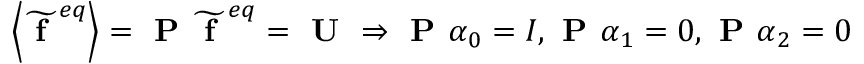
\left\langle \widetilde { \textbf { f } } ^ { e q } \right\rangle = \textbf { P } \widetilde { \textbf { f } } ^ { e q } = \textbf { U } \Rightarrow \textbf { P } \boldsymbol { \alpha } _ { 0 } = I , \textbf { P } \boldsymbol { \alpha } _ { 1 } = 0 , \textbf { P } \boldsymbol { \alpha } _ { 2 } = 0